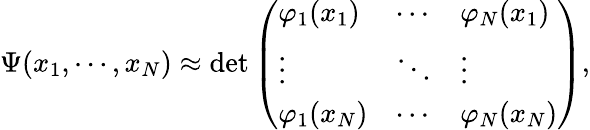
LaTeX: \begin{array}{r}{\Psi(x_{1},\cdots,x_{N})\approx\operatorname*{det}\left(\begin{array}{lll}{\varphi_{1}(x_{1})}&{\cdots}&{\varphi_{N}(x_{1})}\\ {\vdots}&{\ddots}&{\vdots}\\ {\varphi_{1}(x_{N})}&{\cdots}&{\varphi_{N}(x_{N})}\end{array}\right),}\end{array}